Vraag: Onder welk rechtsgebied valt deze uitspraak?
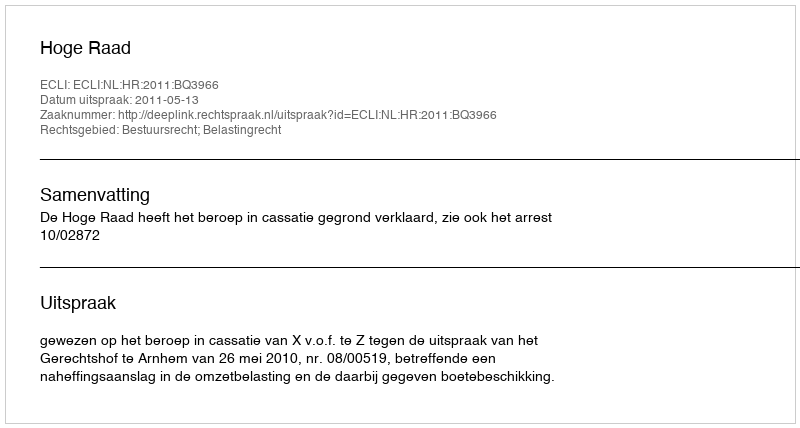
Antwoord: Bestuursrecht; Belastingrecht